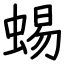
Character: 蜴